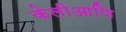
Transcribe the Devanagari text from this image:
केलीआणि